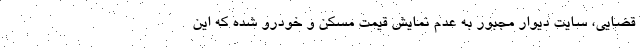
قضایی، سایت دیوار مجبور به عدم نمایش قیمت مسکن و خودرو شده که این